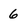
Character: 6